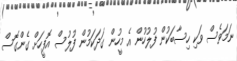
ނަމަވެސް ވަކި ހިސާބަކުން ފުލުހުން އެ މީހުން ގަދަކަމުން ފުލުސް އޮފީހަށް ގެންގޮސް